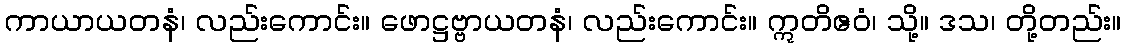
ကာယာယတနံ၊ လည်းကောင်း။ ဖောဋ္ဌဗ္ဗာယတနံ၊ လည်းကောင်း။ ဣတိဧဝံ၊ သို့။ ဒသ၊ တို့တည်း။